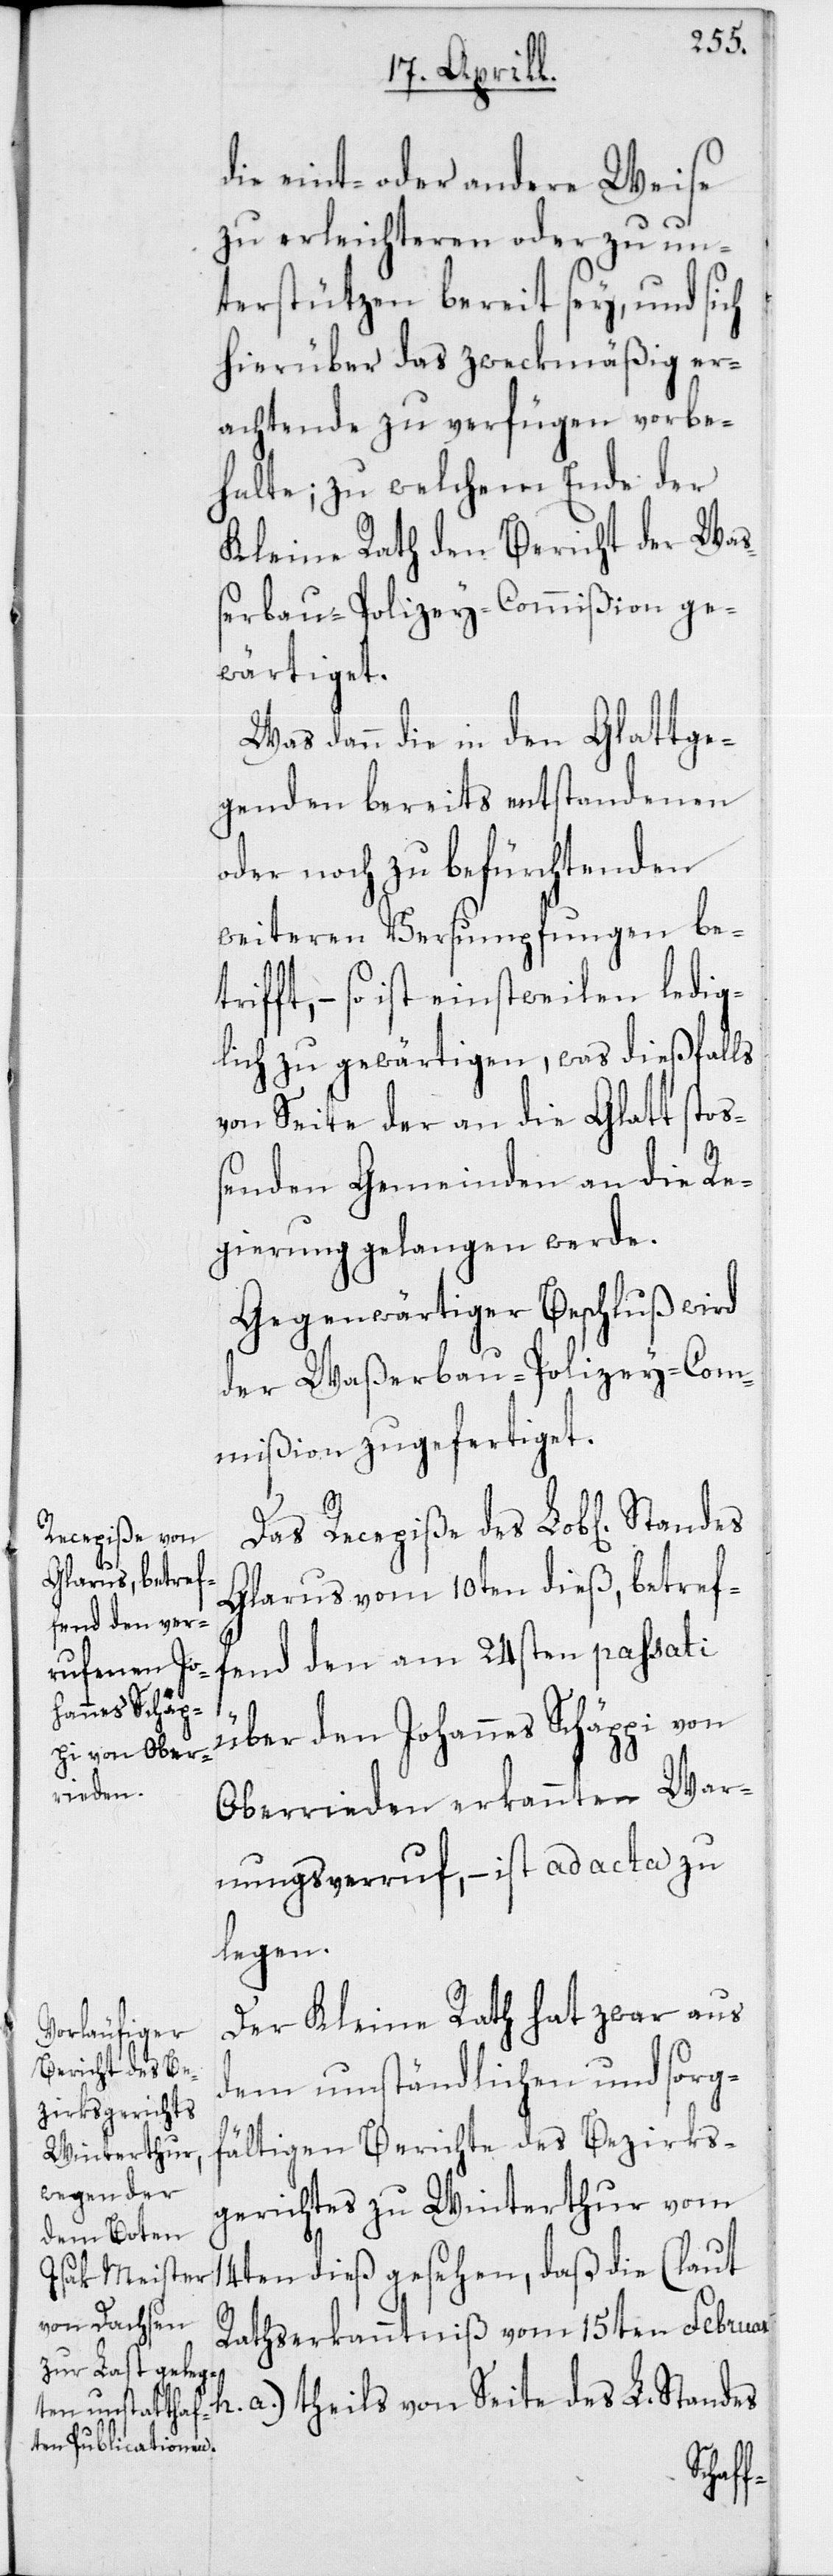
die eint- oder andere Weise
zu erleichteren oder zu un¬
terstützen bereit sey, und sich
hierüber das zweckmäßig Er¬
achtende zu verfügen vorbe¬
halte; zu welchem Ende der
Kleine Rath den Bericht der Wa¬
ßerbau-Polizey-Commißion ge¬
wärtiget.
Was dann die in den Glattge¬
genden bereits entstandenen
oder noch zu befürchtenden
weiteren Versumpfungen be¬
t, – so ist einstweilen ledig¬
lich zu gewärtigen, was dießfalls
von Seite der an die Glatt stoß¬
enden Gemeinden an die Re¬
gierung gelangen werde.
Gegenwärtiger Beschluß wird
der Waßerbau-Polizey-Com¬
mißion zugefertiget.
Das Recepiße des Lob[lichen]
Glarus vom 10ten dieß, betref¬
fend den am 24sten passati
über den Johannes Schäppi von
Oberrieden erkannten War¬
nungsverruf, – ist ad acta zu
legen.
Der Kleine Rath hat zwar aus
dem umständlichen und sorg¬
fältigen Berichte des Bezirks¬
gerichtes zu Winterthur vom
14ten dieß gesehen, daß die (laut
Rathserkanntnis vom 15ten Februar
h. a.) theils von Seite des L. Standes
triff¬